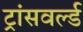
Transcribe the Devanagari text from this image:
ट्रांसवर्ल्ड